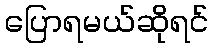
ပြောရမယ်ဆိုရင်